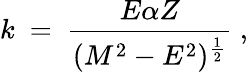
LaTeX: k\ =\ {\frac{E\alpha Z}{(M^{2}-E^{2})^{\frac{1}{2}}}}\ ,